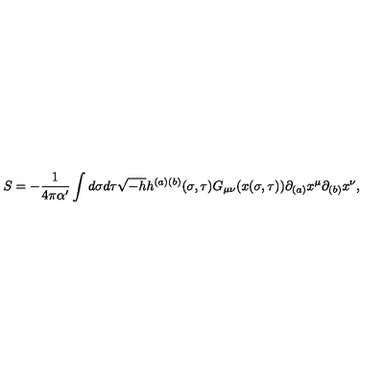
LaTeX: S = - \frac { 1 } { 4 \pi \alpha ^ { \prime } } \int d \sigma d \tau \sqrt { - h } h ^ { ( a ) ( b ) } ( \sigma , \tau ) G _ { \mu \nu } ( x ( \sigma , \tau ) ) \partial _ { ( a ) } x ^ { \mu } \partial _ { ( b ) } x ^ { \nu } ,